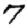
Digit: 7